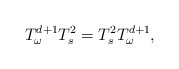
\begin{align*} T_{\omega}^{d+1}T_s^2=T_s^2T_{\omega}^{d+1},\end{align*}